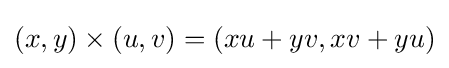
(x,y)\times (u,v)=(xu+yv,xv+yu)